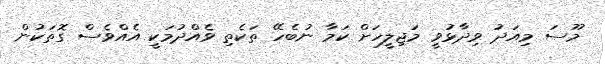
މޫސަ މިއަދު ވިދާޅުވީ މަޖިލީހަށް ކަމާ ނުބެހޭ ތަކެތި ވެއްދުމަކީ އެއްވެސް ގޮތަކުން